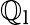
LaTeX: \mathbb{Q}_{\mathrm{{l}}}